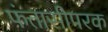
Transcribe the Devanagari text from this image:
फंतासीपरक